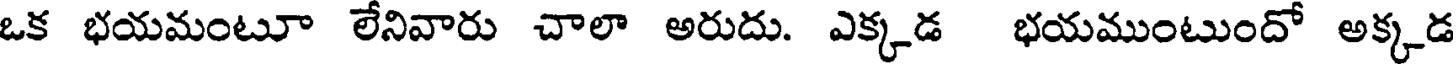
ఒక భయమంటూ లేనివారు చాలా అరుదు. ఎక్కడ భయముంటుందో అక్కడ